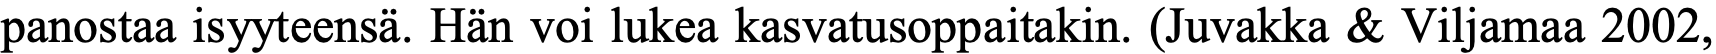
panostaa isyyteensä. Hän voi lukea kasvatusoppaitakin. (Juvakka & Viljamaa 2002,